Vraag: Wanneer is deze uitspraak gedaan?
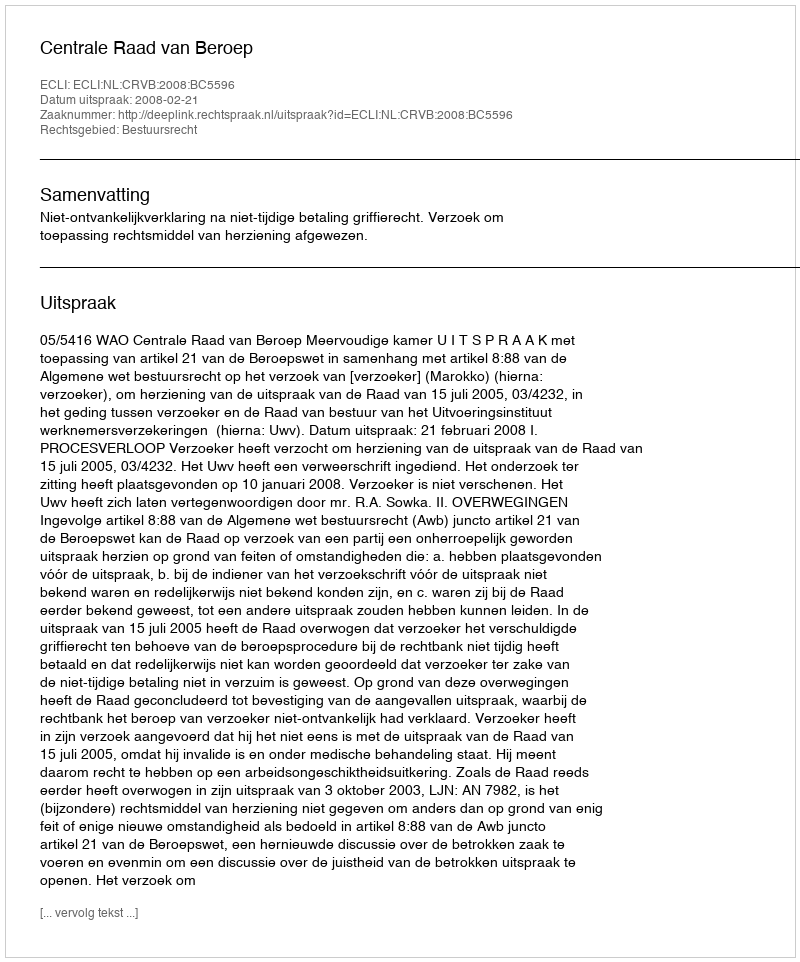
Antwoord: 2008-02-21